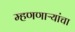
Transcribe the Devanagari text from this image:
म्हणणाऱ्यांचा